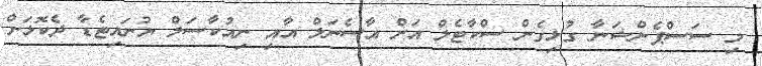
މި ސަސްޕެންޝަނާ ގުޅިގެން ސްކާޓެލް އަށް އާސެނަލް އާއި ނިއުކާސަލް ޔުނައިޓެޑާ ދެކޮޅަށް